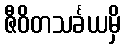
ဇီဝိတသင်္ခယမှိ